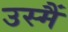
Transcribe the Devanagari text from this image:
उस्मैं